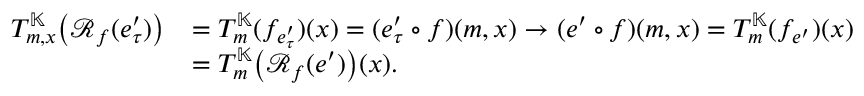
\begin{array} { r l } { T _ { m , x } ^ { \mathbb { K } } \bigl ( \mathscr { R } _ { f } ( e _ { \tau } ^ { \prime } ) \bigr ) } & { = T _ { m } ^ { \mathbb { K } } ( f _ { e _ { \tau } ^ { \prime } } ) ( x ) = ( e _ { \tau } ^ { \prime } \circ f ) ( m , x ) \to ( e ^ { \prime } \circ f ) ( m , x ) = T _ { m } ^ { \mathbb { K } } ( f _ { e ^ { \prime } } ) ( x ) } \\ & { = T _ { m } ^ { \mathbb { K } } \bigl ( \mathscr { R } _ { f } ( e ^ { \prime } ) \bigr ) ( x ) . } \end{array}